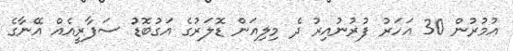
އުމުރުން 30 އަހަރު ފުރުނުއިރު ދެ މިލިއަން ޑޮލަރުގެ އަގުބޮޑު ސަފާރީއެއް އޭނާގެ